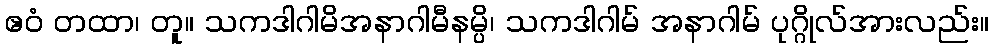
ဧဝံ တထာ၊ တူ။ သကဒါဂါမိအနာဂါမီနမ္ပိ၊ သကဒါဂါမ် အနာဂါမ် ပုဂ္ဂိုလ်အားလည်း။